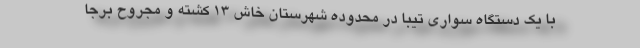
با یک دستگاه سواری تیبا در محدوده شهرستان خاش 13 کشته و مجروح برجا